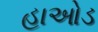
હાઓડ